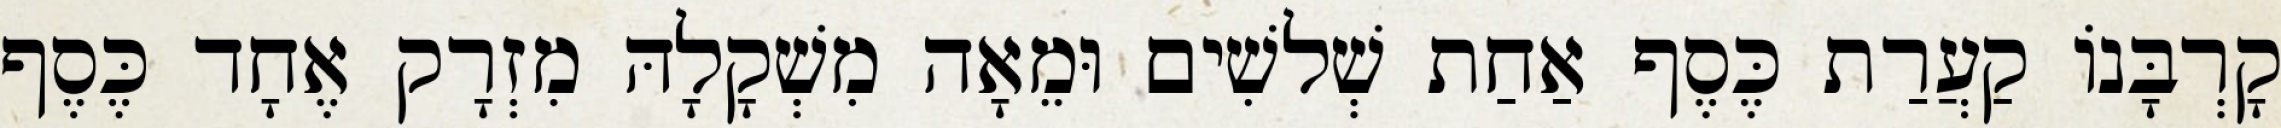
קָרְבָּנוֹ קַעֲרַת כֶּסֶף אַחַת שְׁלשִׁים וּמֵאָה מִשְׁקָלָהּ מִזְרָק אֶחָד כֶּסֶף